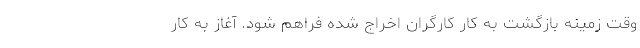
وقت زمینه بازگشت به کار کارگران اخراج شده فراهم شود. آغاز به کار